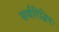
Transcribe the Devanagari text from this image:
सर्वरिद्धिदः